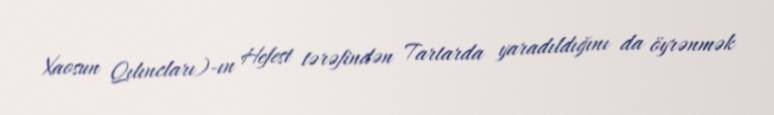
Xaosun Qılıncları)-ın Hefest tərəfindən Tartarda yaradıldığını da öyrənmək